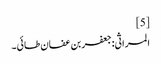
[5]
المراثی:جعفر بن عفان طائی۔